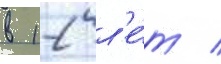
в 12 л'е́т /